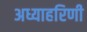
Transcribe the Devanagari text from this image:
अध्याहरिणी